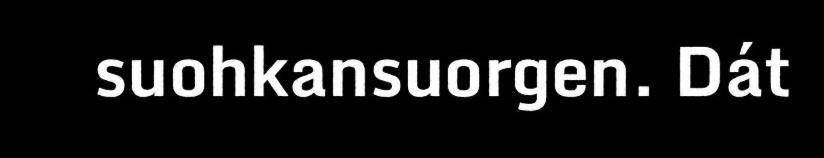
suohkansuorgen. Dát